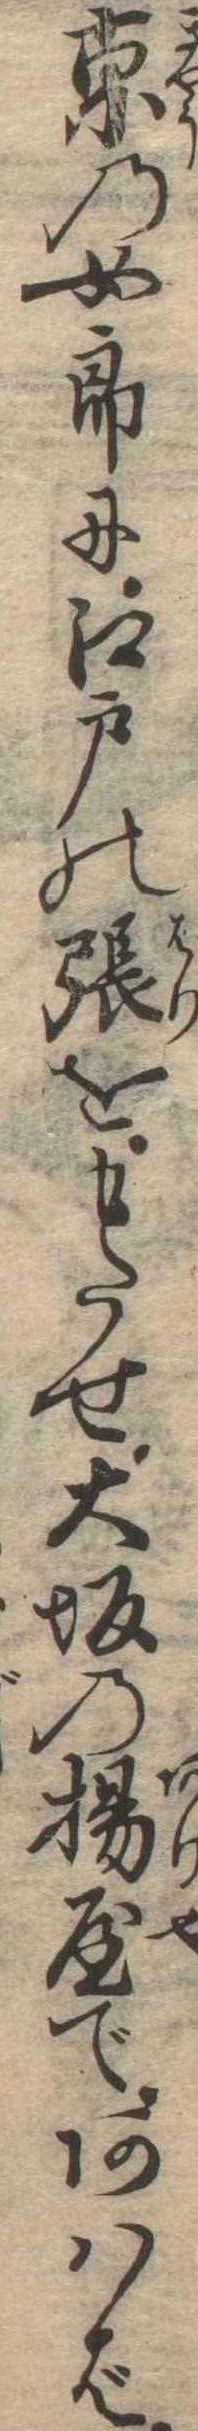
京の女郎に江戸の張をもたせ大坂の揚屋であはば